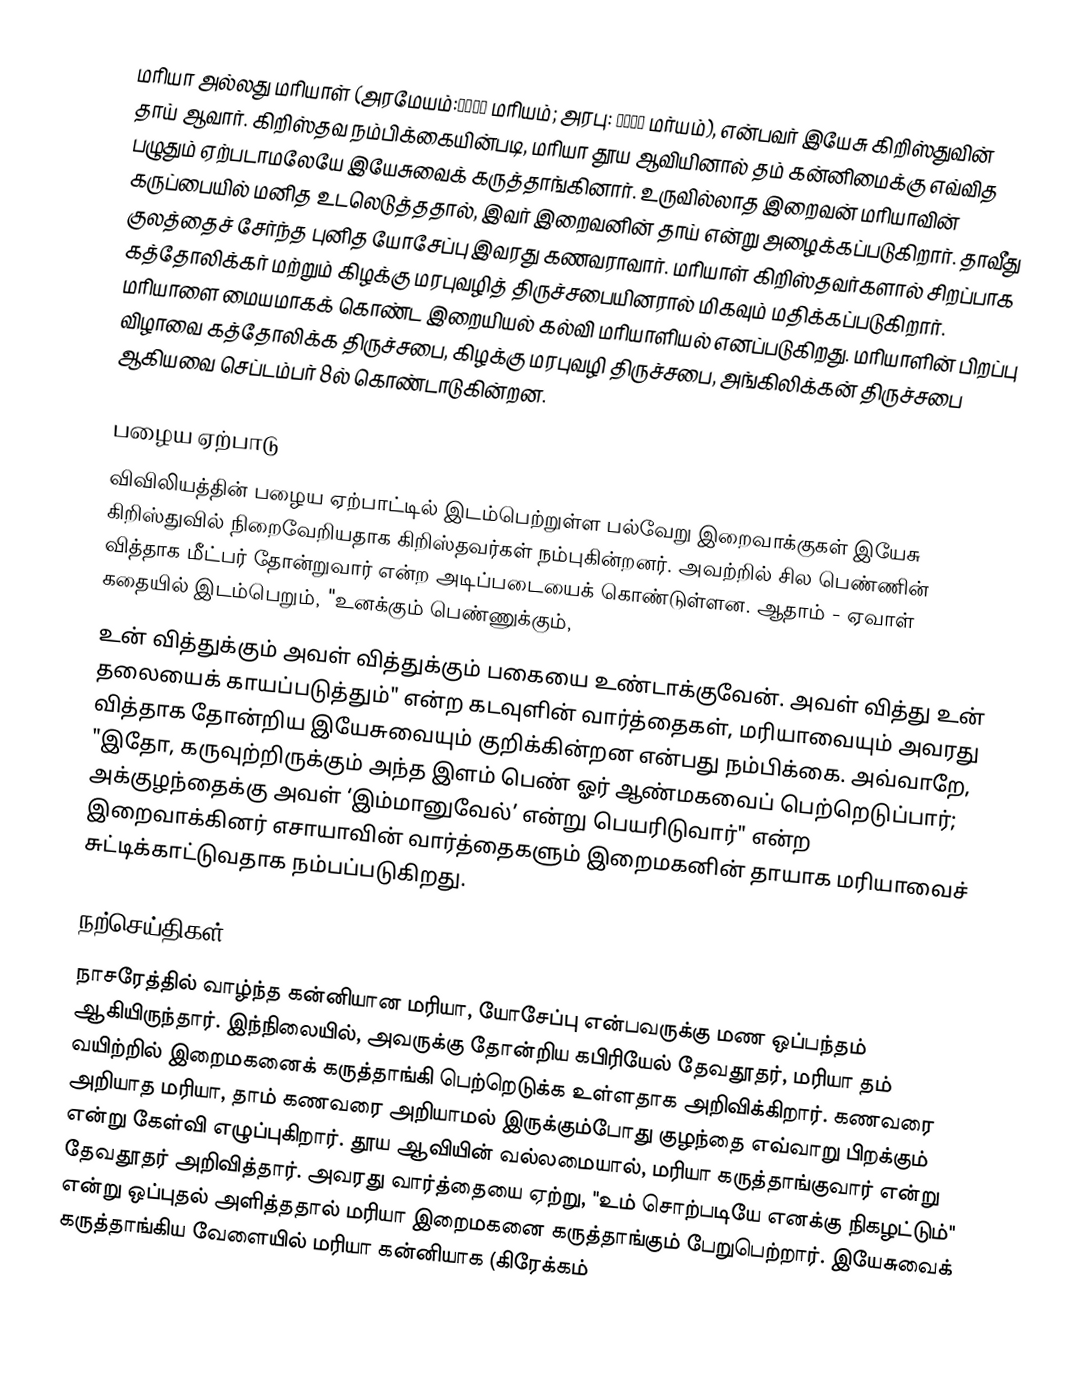
மரியா அல்லது மரியாள் (அரமேயம்:מרים மரியம்; அரபு: مريم மர்யம்), என்பவர் இயேசு கிறிஸ்துவின் தாய் ஆவார். கிறிஸ்தவ நம்பிக்கையின்படி, மரியா தூய ஆவியினால் தம் கன்னிமைக்கு எவ்வித பழுதும் ஏற்படாமலேயே இயேசுவைக் கருத்தாங்கினார். உருவில்லாத இறைவன் மரியாவின் கருப்பையில் மனித உடலெடுத்ததால், இவர் இறைவனின் தாய் என்று அழைக்கப்படுகிறார். தாவீது குலத்தைச் சேர்ந்த புனித யோசேப்பு இவரது கணவராவார். மரியாள் கிறிஸ்தவர்களால் சிறப்பாக கத்தோலிக்கர் மற்றும் கிழக்கு மரபுவழித் திருச்சபையினரால் மிகவும் மதிக்கப்படுகிறார். மரியாளை மையமாகக் கொண்ட இறையியல் கல்வி மரியாளியல் எனப்படுகிறது. மரியாளின் பிறப்பு விழாவை கத்தோலிக்க திருச்சபை, கிழக்கு மரபுவழி திருச்சபை, அங்கிலிக்கன் திருச்சபை ஆகியவை செப்டம்பர் 8ல் கொண்டாடுகின்றன.

பழைய ஏற்பாடு
விவிலியத்தின் பழைய ஏற்பாட்டில் இடம்பெற்றுள்ள பல்வேறு இறைவாக்குகள் இயேசு கிறிஸ்துவில் நிறைவேறியதாக கிறிஸ்தவர்கள் நம்புகின்றனர். அவற்றில் சில பெண்ணின் வித்தாக மீட்பர் தோன்றுவார் என்ற அடிப்படையைக் கொண்டுள்ளன. ஆதாம் - ஏவாள் கதையில் இடம்பெறும், "உனக்கும் பெண்ணுக்கும்,
உன் வித்துக்கும் அவள் வித்துக்கும் பகையை உண்டாக்குவேன். அவள் வித்து உன் தலையைக் காயப்படுத்தும்" என்ற கடவுளின் வார்த்தைகள், மரியாவையும் அவரது வித்தாக தோன்றிய இயேசுவையும் குறிக்கின்றன என்பது நம்பிக்கை. அவ்வாறே, "இதோ, கருவுற்றிருக்கும் அந்த இளம் பெண் ஓர் ஆண்மகவைப் பெற்றெடுப்பார்; அக்குழந்தைக்கு அவள் ‘இம்மானுவேல்’ என்று பெயரிடுவார்" என்ற இறைவாக்கினர் எசாயாவின் வார்த்தைகளும் இறைமகனின் தாயாக மரியாவைச் சுட்டிக்காட்டுவதாக நம்பப்படுகிறது.

நற்செய்திகள்
நாசரேத்தில் வாழ்ந்த கன்னியான மரியா, யோசேப்பு என்பவருக்கு மண ஒப்பந்தம் ஆகியிருந்தார். இந்நிலையில், அவருக்கு தோன்றிய கபிரியேல் தேவதூதர், மரியா தம் வயிற்றில் இறைமகனைக் கருத்தாங்கி பெற்றெடுக்க உள்ளதாக அறிவிக்கிறார். கணவரை அறியாத மரியா, தாம் கணவரை அறியாமல் இருக்கும்போது குழந்தை எவ்வாறு பிறக்கும் என்று கேள்வி எழுப்புகிறார். தூய ஆவியின் வல்லமையால், மரியா கருத்தாங்குவார் என்று தேவதூதர் அறிவித்தார். அவரது வார்த்தையை ஏற்று, "உம் சொற்படியே எனக்கு நிகழட்டும்" என்று ஒப்புதல் அளித்ததால் மரியா இறைமகனை கருத்தாங்கும் பேறுபெற்றார். இயேசுவைக் கருத்தாங்கிய வேளையில் மரியா கன்னியாக (கிரேக்கம்